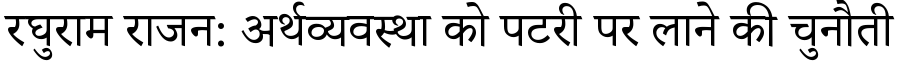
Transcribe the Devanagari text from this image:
रघुराम राजन: अर्थव्यवस्था को पटरी पर लाने की चुनौती